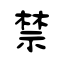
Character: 禁